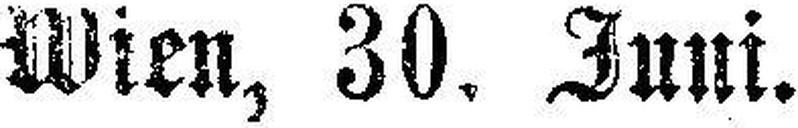
Wien, 30. Juni.